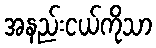
အနည်းငယ်ကိုသာ